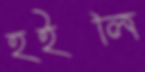
হইলি